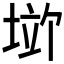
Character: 𪣱